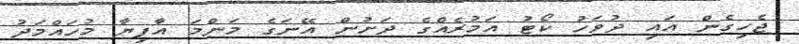
ޖެހިގެން އައި ދުވަހު ކޯޓު އަމުރެއްގެ ދަށުން އޭނަގެ މަންމަ އާފިޔާ މުހައްމަދު